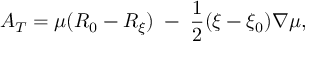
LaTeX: A _ { T } = \mu ( R _ { 0 } - R _ { \xi } ) \; - \; \frac { 1 } { 2 } ( \xi - \xi _ { 0 } ) \nabla \mu ,